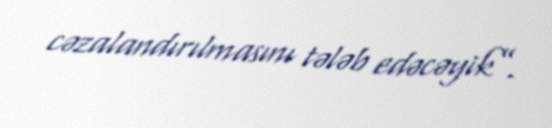
cəzalandırılmasını tələb edəcəyik”.